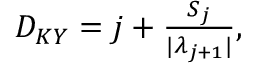
\begin{array} { r } { D _ { K Y } = j + \frac { S _ { j } } { | \lambda _ { j + 1 } | } , } \end{array}